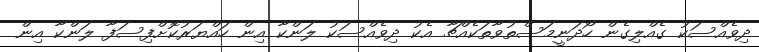
ދިވެއްސަކު ގެއްލިގެން ހޯދަނީމަސްތުވާތަކެއްޗާ އެކު ދިވެއްސަކު ލަންކާ އިން ހައްޔަރުކޮށްފިސަފާ ލަންކާ އިން